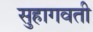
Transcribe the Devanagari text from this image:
सुहागवती